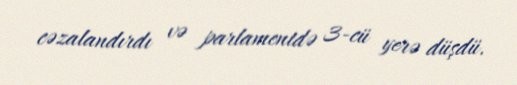
cəzalandırdı və parlamentdə 3-cü yerə düşdü.